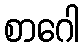
စာဂေါ